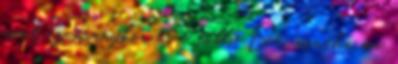
mint az aranykor és a többi. De, mintha ma